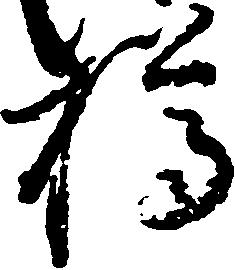
樽